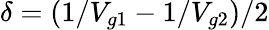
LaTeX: \delta=(1/V_{g1}-1/V_{g2})/2